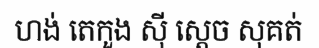
ហង់ តេកួង ស៊ី ស្តេច សុគត់